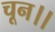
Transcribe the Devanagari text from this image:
चून।।